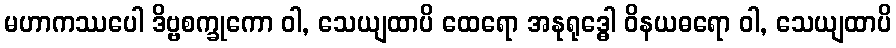
မဟာကဿပေါ ဒိဗ္ဗစက္ခုကော ဝါ, သေယျထာပိ ထေရော အနုရုဒ္ဓေါ ဝိနယဓရော ဝါ, သေယျထာပိ